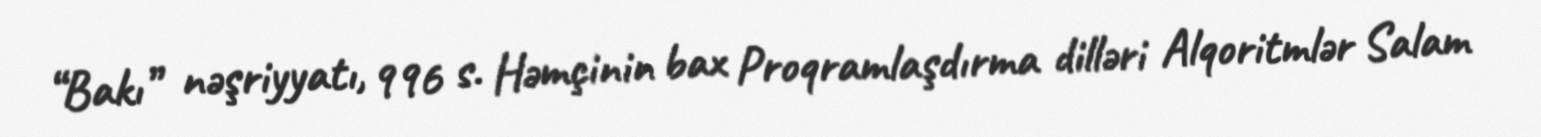
“Bakı” nəşriyyatı, 996 s. Həmçinin bax Proqramlaşdırma dilləri Alqoritmlər Salam